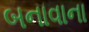
બનાવાના